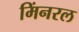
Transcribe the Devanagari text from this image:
मिंनरल